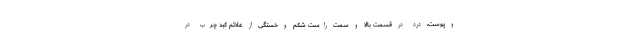
و پوست، درد در قسمت بالا و سمت راست شکم و خستگی از علائم کبد چرب در